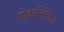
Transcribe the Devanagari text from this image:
प्रोक्रास्टिनेटस